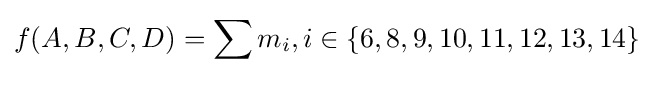
f(A,B,C,D)=\sum _{}m_{i},i\in \{6,8,9,10,11,12,13,14\}